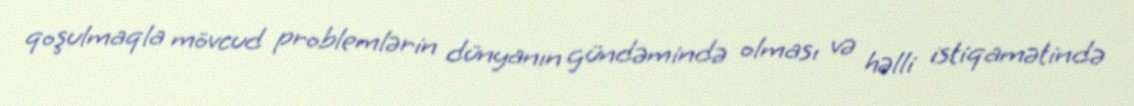
qoşulmaqla mövcud problemlərin dünyanın gündəmində olması və həlli istiqamətində